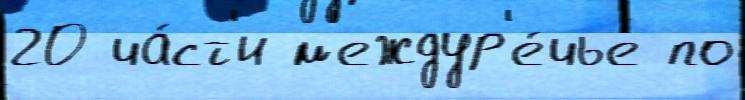
20 ча́ст'и м'еждур'е́чье по